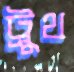
ট্রুথ